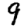
Digit: 9